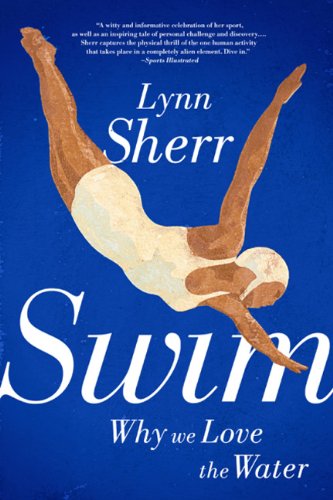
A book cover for Swim: Why We Love the Water; Lynn Sherr; Sports & Outdoors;